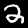
Digit: 2